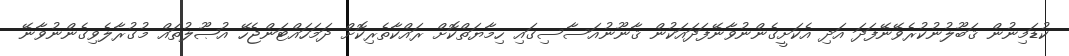
ކުޑަމިނުން ޤަބޫލުނުކުރެވޭނޭފަދަ އަދި އެކަށީގެންނުވާނޭފަދައަކުން ޤާނޫނުއަސާސިގައި ހިމާޔަތްކޮށް ރައްކާތެރިކޮށް ދަމަހައްޓަންޖެހޭ އުޞޫލުތައް މުގުރާލެވިގެންނުވާނޭ